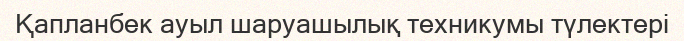
Қапланбек ауыл шаруашылық техникумы түлектері